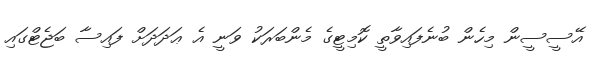
އޭސީސީން މިހެން ބުނެފައިވާތީ ކޮމިޓީގެ މެންބަރަކު ވަނީ އެ ޢަދަދަށް ފައިސާ ބަޖެޓްގައި